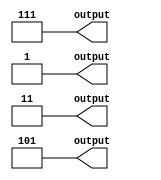
module hier_tuple_io(\out.tup1.a , \out.tup1.b , \out.tup2.c , \out.tup3 );
  wire lg_0;
  wire [1:0] lg_1;
  wire [2:0] lg_2;
  wire [2:0] lg_3;
  output \out.tup1.a ;
  output [1:0] \out.tup1.b ;
  output [2:0] \out.tup2.c ;
  output [2:0] \out.tup3 ;
  assign lg_3 = 3'h7;
  assign lg_2 = 3'h5;
  assign lg_1 = 2'h3;
  assign lg_0 = 1'h1;
  assign \out.tup3  = 3'h7;
  assign \out.tup2.c  = 3'h5;
  assign \out.tup1.b  = 2'h3;
  assign \out.tup1.a  = 1'h1;
endmodule